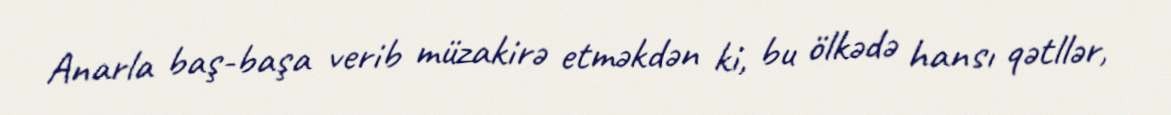
Anarla baş-başa verib müzakirə etməkdən ki, bu ölkədə hansı qətllər,